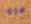
هزة